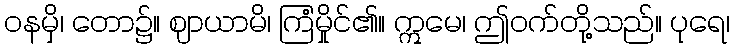
ဝနမှိ၊ တော၌။ ဈာယာမိ၊ ကြံမှိုင်၏။ ဣမေ၊ ဤဝက်တို့သည်။ ပုရေ၊